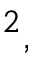
^ 2 ,